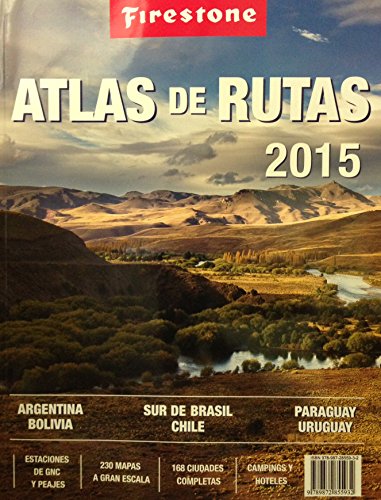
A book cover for Argentina Atlas de Rutas Firestone 2015 (Spanish Edition); Firestone; Travel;